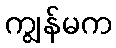
ကျွန်မက